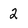
Character: 2